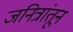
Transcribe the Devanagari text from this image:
जनित्रांतून